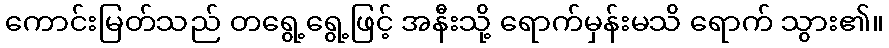
ကောင်းမြတ်သည် တရွေ့ရွေ့ဖြင့် အနီးသို့ ရောက်မှန်းမသိ ရောက် သွား၏။